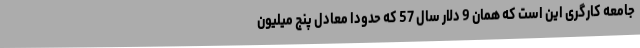
جامعه کارگری این است که همان 9 دلار سال 57 که حدودا معادل پنج میلیون